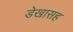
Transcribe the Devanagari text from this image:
डेखासह